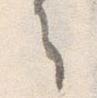
之